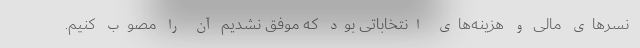
نسرهای مالی و هزینه‌های انتخاباتی بود که موفق نشدیم آن را مصوب کنیم.